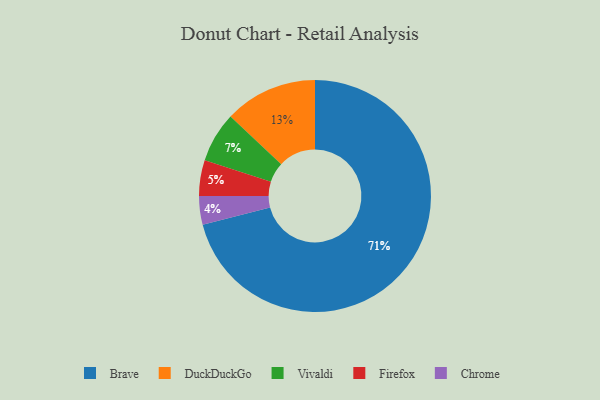
{"axis": {"x": "Category", "y": "Percentage"}, "legend": ["Brave", "Chrome", "DuckDuckGo", "Firefox", "Vivaldi"], "data": [{"x": "Brave", "y": 71, "type": "Brave"}, {"x": "DuckDuckGo", "y": 13, "type": "DuckDuckGo"}, {"x": "Vivaldi", "y": 7, "type": "Vivaldi"}, {"x": "Firefox", "y": 5, "type": "Firefox"}, {"x": "Chrome", "y": 4, "type": "Chrome"}]}